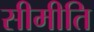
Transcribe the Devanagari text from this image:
सीमीति